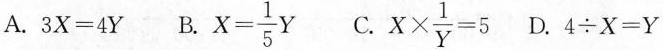
A.$$3X=4Y$$ B. $$X= \frac{1}{5}Y$$ C. $$X \times \frac{1}{Y}=5$$ D.$$4\div X=Y$$